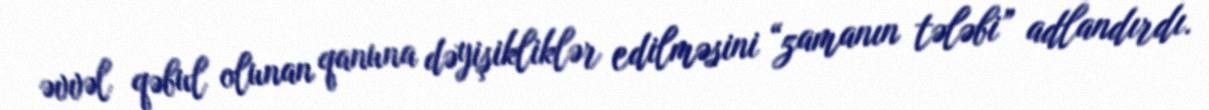
əvvəl qəbul olunan qanuna dəyişikliklər edilməsini “zamanın tələbi” adlandırdı.